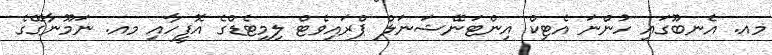
މއ. އެނބޫގައި ހުންނަ އެޓިކް އިންޓަނޭޝަނަލް ޕްރައިވެޓް ލިމިޓެޑްގެ އޮފީހާއި މއ. ނަމޫނާގޭގެ